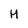
Character: H